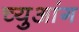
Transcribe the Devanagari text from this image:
च्युआंग